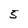
Character: 5